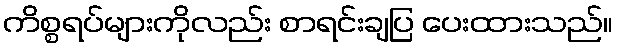
ကိစ္စရပ်များကိုလည်း စာရင်းချပြ ပေးထားသည်။